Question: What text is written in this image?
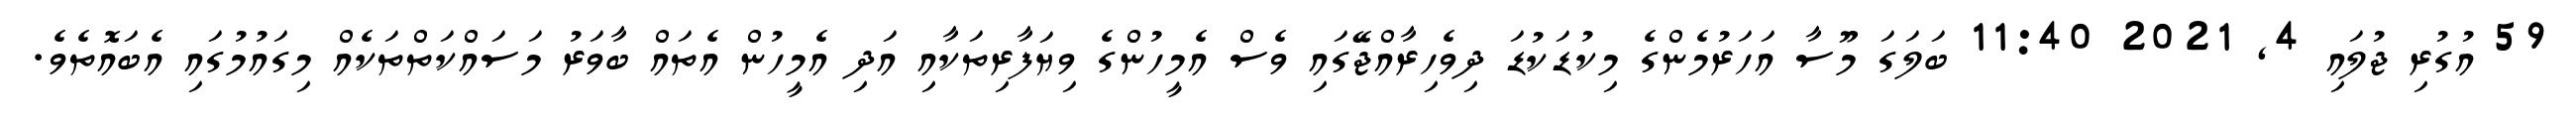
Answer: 59 އުގުރި ޖުލައި 4, 2021 11:40 ބަލަގަ މޫސާ އަހަރުމެންގެ މިކުޑަކުޑަ ދިވެހިރާއްޖޭގައި ވެސް އެމީހުންގެ ވިޔަފާރިތަކާއި އަދި އެމީހުން އެތައް ބާވަރު މަސައްކަތްތަކެއް މިގައުމުގައި އެބައޮތެވެ.